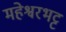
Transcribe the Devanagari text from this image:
महेश्वरभट्ट